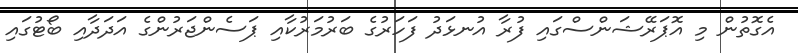
އެގޮތުން މި އޮޕަރޭޝަންސްގައި ފުރާ އުނޅަދު ފަހަރުގެ ބަރުމަރުކާއި ޕަސެންޖަރުންގެ އަދަދާއި ބޯޓުގައި